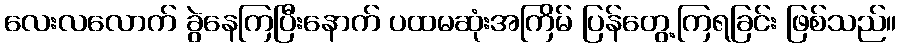
လေးလလောက် ခွဲနေကြပြီးနောက် ပထမဆုံးအကြိမ် ပြန်တွေ့ကြရခြင်း ဖြစ်သည်။